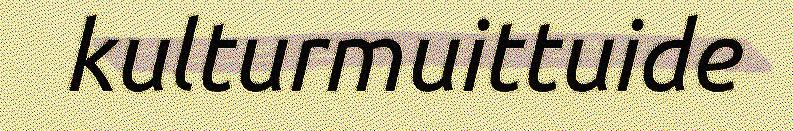
kulturmuittuide